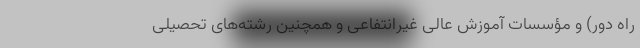
راه دور) و مؤسسات آموزش عالی غیرانتفاعی و همچنین رشته‌های تحصیلی